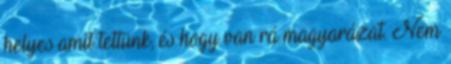
helyes amit tettünk, és hogy van rá magyarázat. Nem